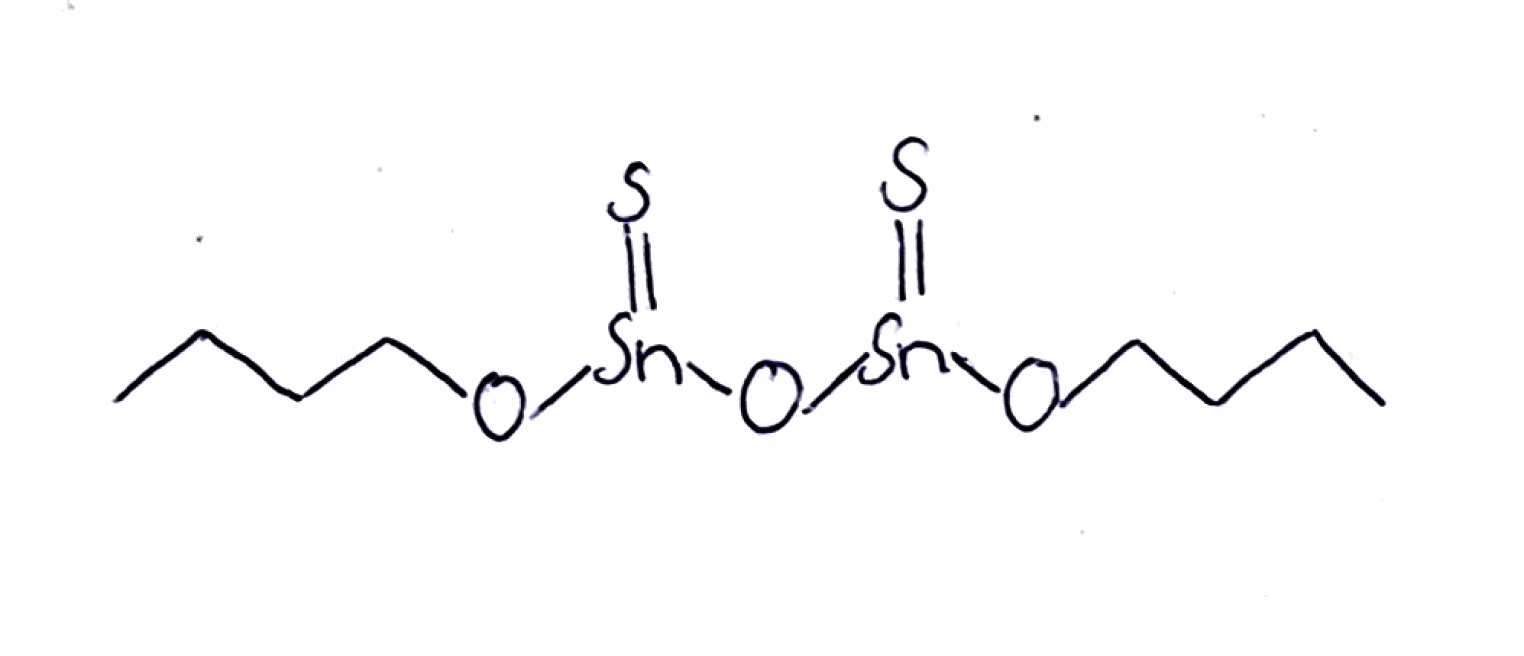
Simplified molecular-input line-entry system (SMILES) notation of the given molecule:
CCCCO[Sn](=S)O[Sn](=S)OCCCC